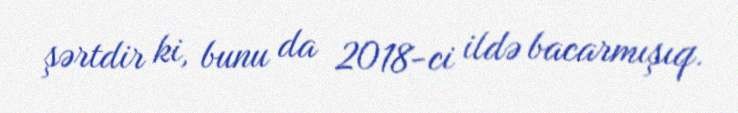
şərtdir ki, bunu da 2018-ci ildə bacarmışıq.